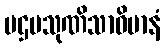
ပဌမသုဏိသာဝိမာနံ